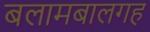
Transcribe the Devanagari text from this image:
बलामबालगह